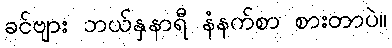
ခင်ဗျား ဘယ်နှနာရီ နံနက်စာ စားတာပဲ။